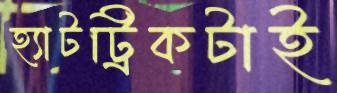
হ্যাটট্রিকটাই